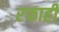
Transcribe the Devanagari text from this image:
रफाही